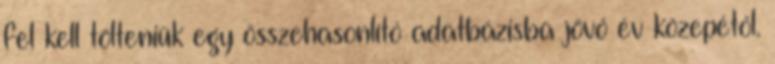
fel kell tölteniük egy összehasonlító adatbázisba jövő év közepétől.